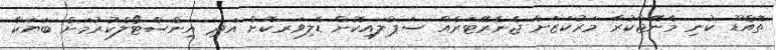
ތޮއްޑޫ ކުނި މެނޭޖްކުރާ މަރުކަޒަށް ޖެނެރޭޓަރެއް ސަޕްލައިކޮށް ޑެލިވަރކޮށް އަދި އިންސްޓޯލްކުރުމަށް ބަޔަކާ